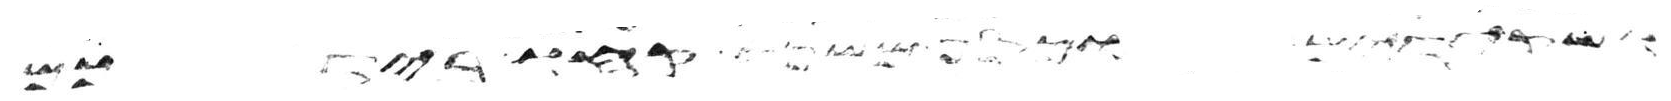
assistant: ושקידים וכסף משנה קחו בידכם